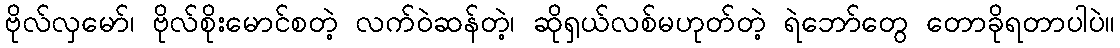
ဗိုလ်လှမော်၊ ဗိုလ်စိုးမောင်စတဲ့ လက်ဝဲဆန်တဲ့၊ ဆိုရှယ်လစ်မဟုတ်တဲ့ ရဲဘော်တွေ တောခိုရတာပါပဲ။